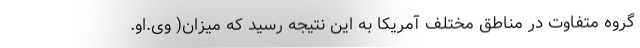
گروه متفاوت در مناطق مختلف آمریکا به این نتیجه رسید که میزان( وی.او.